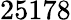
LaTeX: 25178